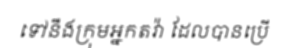
ទៅនឹងក្រុមអ្នកតវ៉ា ដែលបានប្រើ